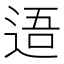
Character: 逜